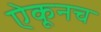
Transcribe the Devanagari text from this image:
ऐकूनच